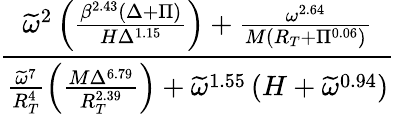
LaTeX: \frac{\widetilde{\omega}^{2}\left(\frac{\beta^{2.43}\left(\Delta+\Pi\right)}{H\Delta^{1.15}}\right)+\frac{\omega^{2.64}}{M\left(R_{T}+\Pi^{0.06}\right)}}{\frac{\widetilde{\omega}^{7}}{R_{T}^{4}}\left(\frac{M\Delta^{6.79}}{R_{T}^{2.39}}\right)+\widetilde\omega^{1.55}\left(H+\widetilde\omega^{0.94}\right)}